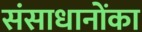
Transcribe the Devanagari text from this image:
संसाधानोंका